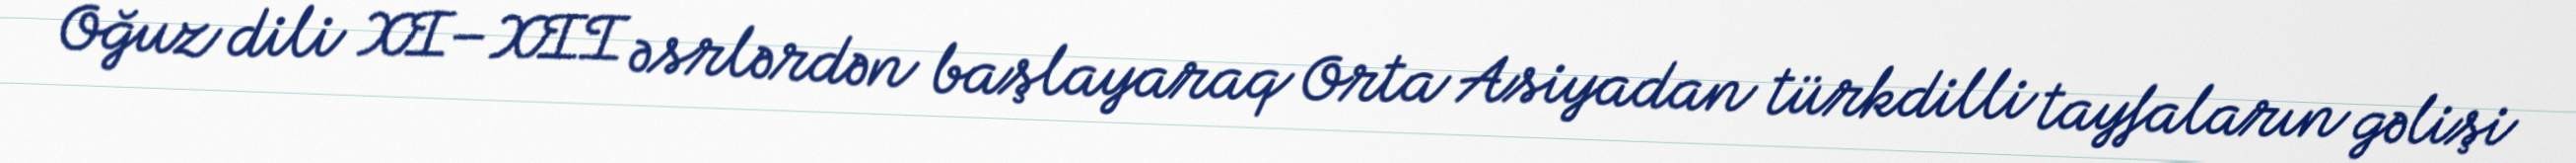
Oğuz dili XI–XII əsrlərdən başlayaraq Orta Asiyadan türkdilli tayfaların gəlişi